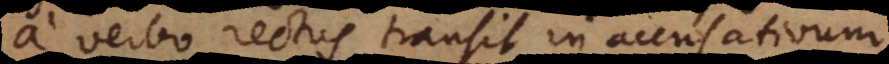
a verbo rectus transit in accusativum,